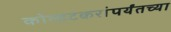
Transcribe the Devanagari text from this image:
कोल्हटकरांपर्यंतच्या